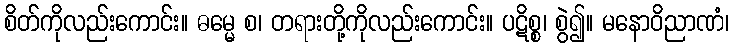
စိတ်ကိုလည်းကောင်း။ ဓမ္မေ စ၊ တရားတို့ကိုလည်းကောင်း။ ပဋိစ္စ၊ စွဲ၍။ မနောဝိညာဏံ၊